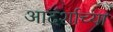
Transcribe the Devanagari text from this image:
आदर्शाच्‍या